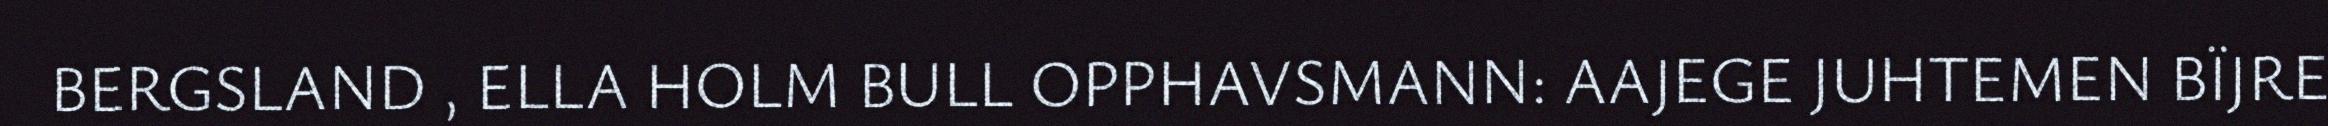
BERGSLAND , ELLA HOLM BULL OPPHAVSMANN: AAJEGE JUHTEMEN BÏJRE